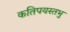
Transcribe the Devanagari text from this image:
कतिपयस्तभु